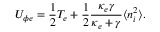
U _ { \phi e } = \frac { 1 } { 2 } T _ { e } + \frac { 1 } { 2 } \frac { \kappa _ { e } \gamma } { \kappa _ { e } + \gamma } \langle n _ { i } ^ { 2 } \rangle .